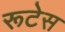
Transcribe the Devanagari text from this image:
रूटेस